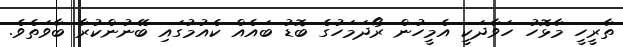
ތާރީހީ މާޅޮހު ހަވާދަކީ އެމީހުން ރޯދަމަހުގެ ބޮޑު ބައެއް ކެއުމުގައި ބޭނުންކުރާ ބާވަތެވެ.